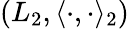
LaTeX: \left(L_{2},\langle\cdot,\cdot\rangle_{2}\right)